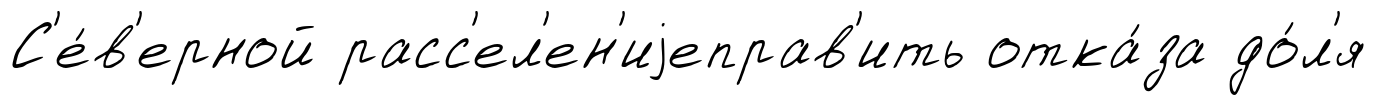
С'е́в'ерной расс'ел'ен'иjеправ'ить отка́за до́л'я